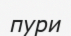
пури